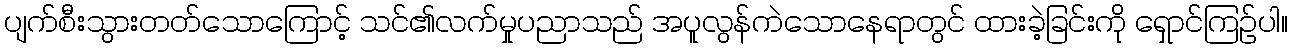
ပျက်စီးသွားတတ်သောကြောင့် သင်၏လက်မှုပညာသည် အပူလွန်ကဲသောနေရာတွင် ထားခဲ့ခြင်းကို ရှောင်ကြဉ်ပါ။